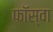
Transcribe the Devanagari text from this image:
फॉस्वा